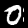
Digit: 0